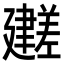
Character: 𫸕